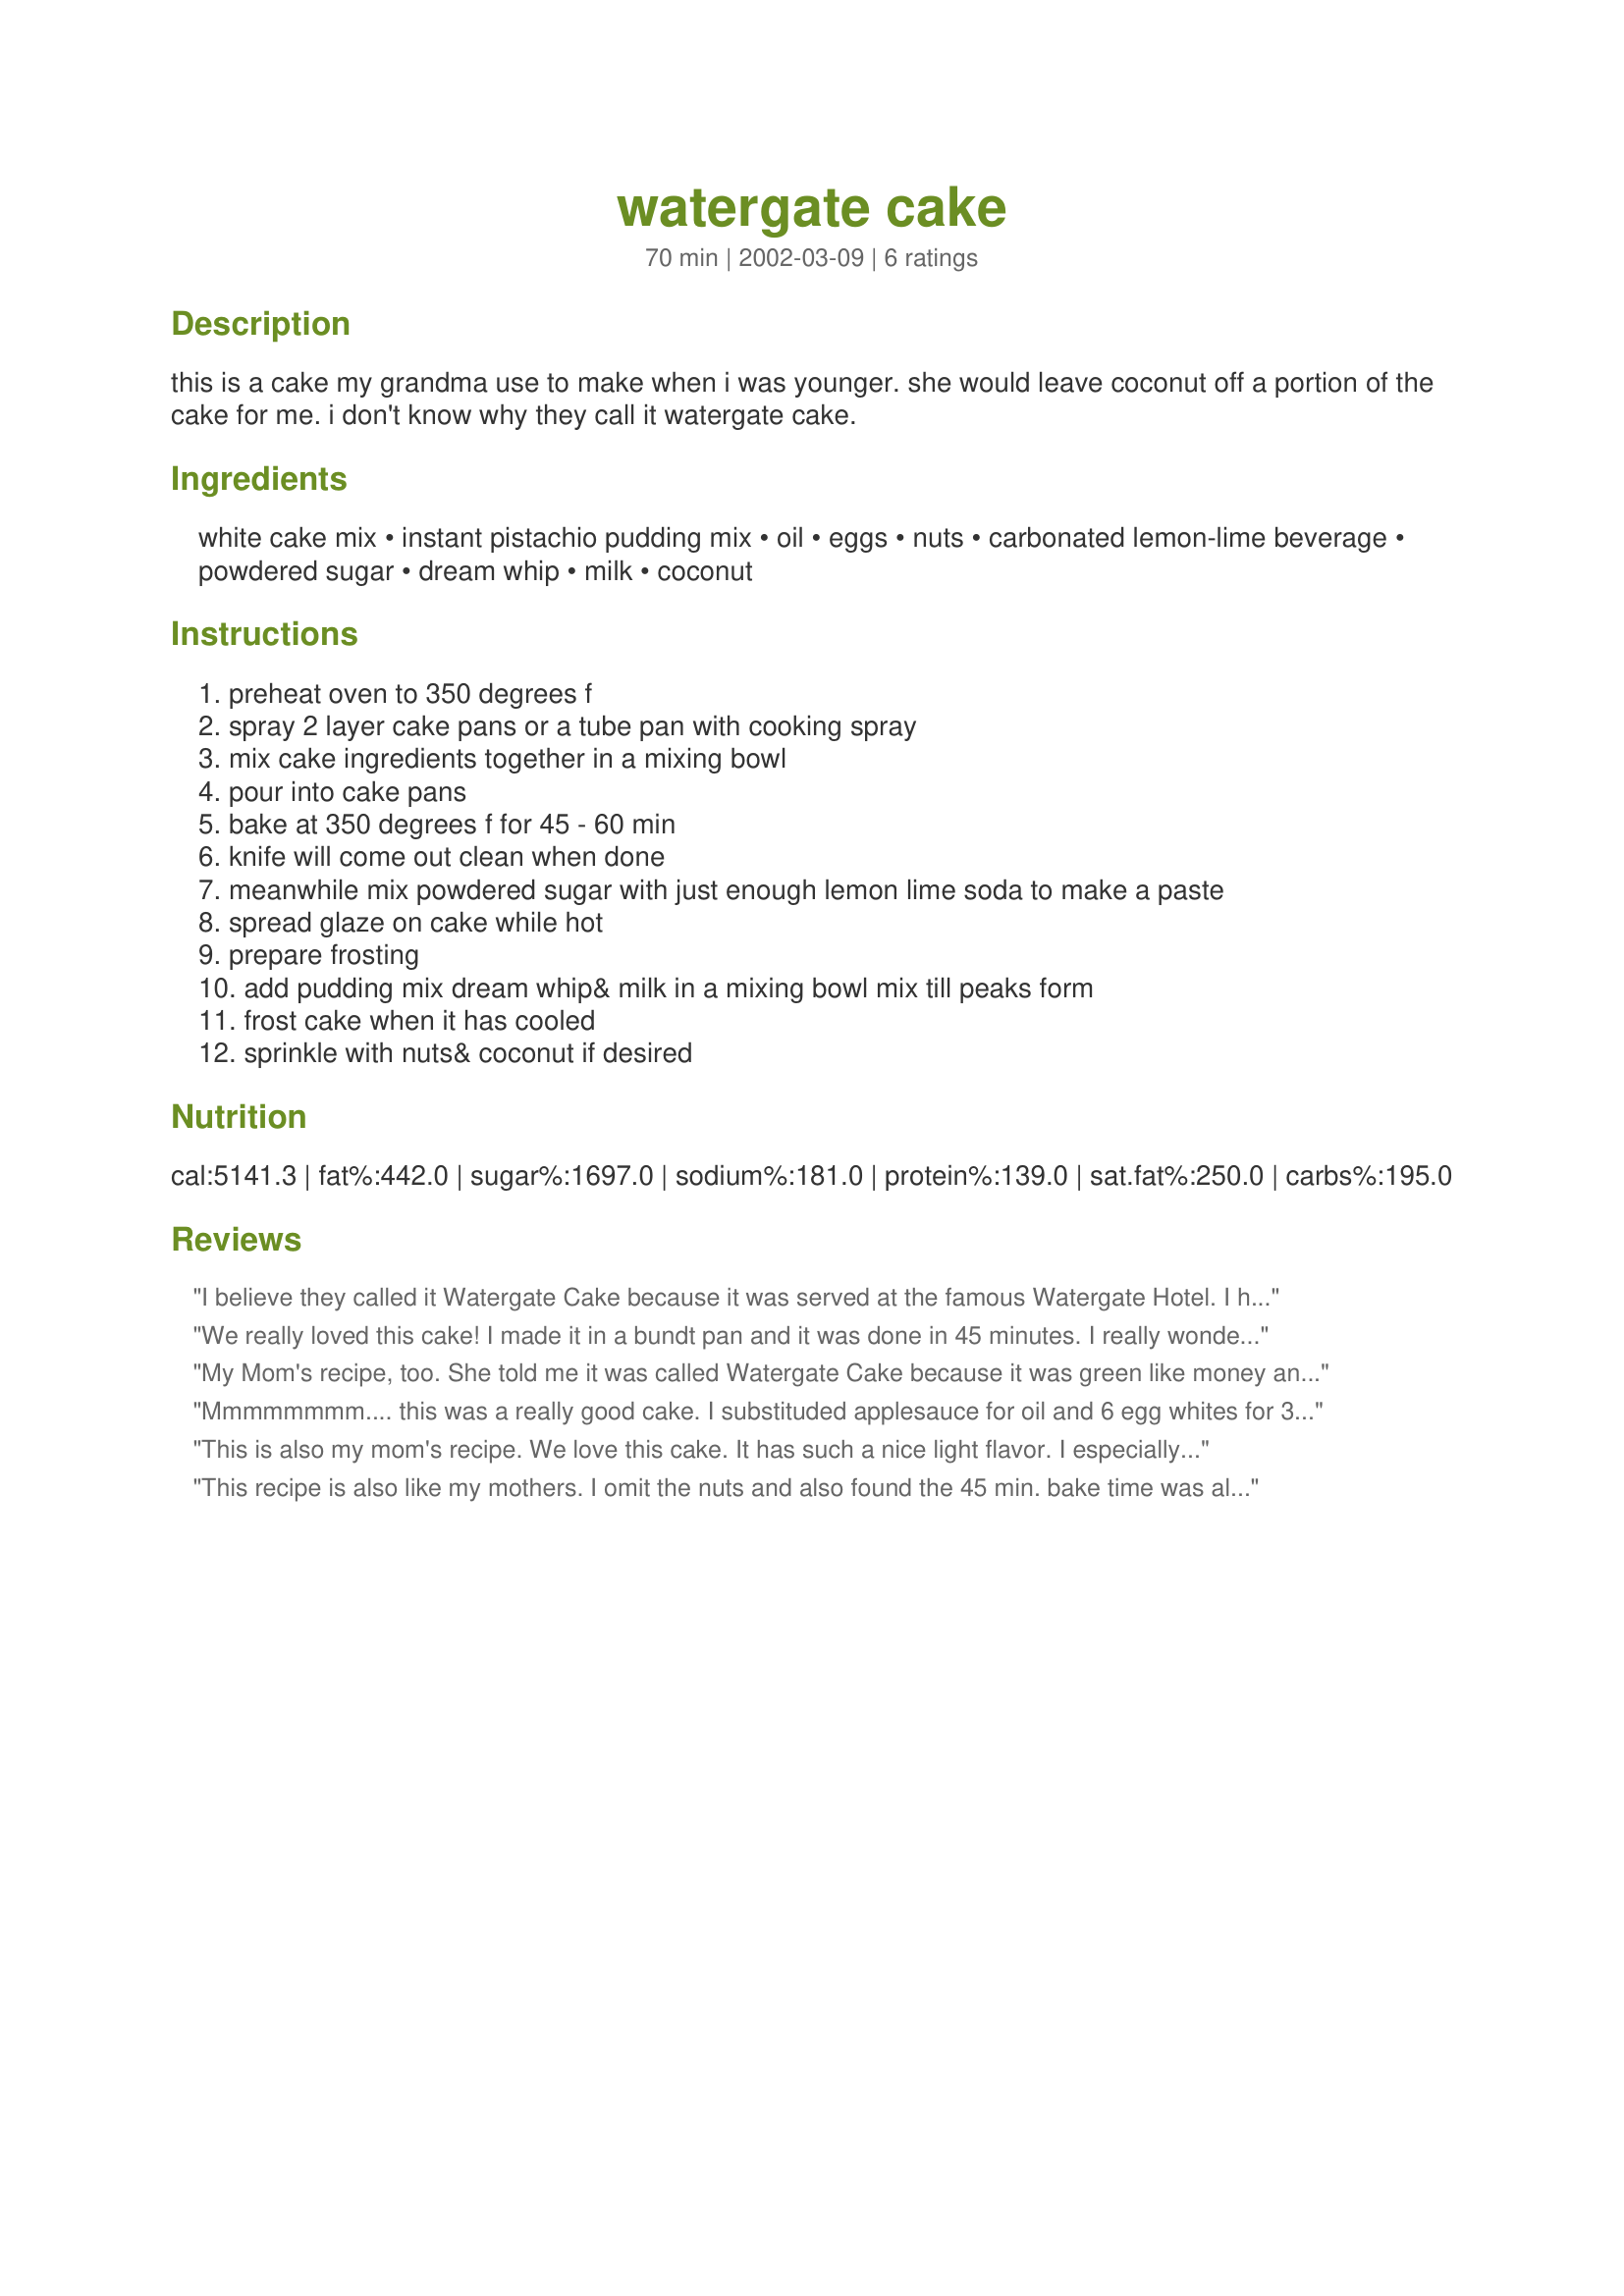
watergate cake
Preparation time: 70 minutes

this is a cake my grandma use to make when i was younger. she would leave coconut off a portion of the cake for me. i don't know why they call it watergate cake.

Ingredients:
white cake mix, instant pistachio pudding mix, oil, eggs, nuts, carbonated lemon-lime beverage, powdered sugar, dream whip, milk, coconut

Steps:
preheat oven to 350 degrees f, spray 2 layer cake pans or a tube pan with cooking spray, mix cake ingredients together in a mixing bowl, pour into cake pans, bake at 350 degrees f for 45 - 60 min, knife will come out clean when done, meanwhile mix powdered sugar with just enough lemon lime soda to make a paste, spread glaze on cake while hot, prepare frosting, add pudding mix dream whip& milk in a mixing bowl mix till peaks form, frost cake when it has cooled, sprinkle with nuts& coconut if desired

Reviews:
I believe they called it Watergate Cake because it was served at the famous Watergate Hotel. I hope this is right.
Lisa
We really loved this cake! I made it in a bundt pan and it was done in 45 minutes. I really wondered about the glaze and a frosting, but it works great. Everyone loved it! This one is a keeper! Thanks to Tarynne!
My Mom's recipe, too. She told me it was called Watergate Cake because it was green like money and the chopped walnuts make it look like it's &quot;bugged&quot; Research on my own found it was inspired by Watergate Salad made famous by the Hotel. I like Mom's story better.
Mmmmmmmm.... this was a really good cake. I substituded applesauce for oil and 6 egg whites for 3 eggs. My husband and I really like everything but the frosting. I think next time I will use store bought coconut icing or plain white icing and sprinkle with coconut flakes. This would be a great St. Patrick's Day or Easter cake. Also... could be my oven, but I only needed to cook it for 45 minutes.
This is also my mom's recipe. We love this cake. It has such a nice light flavor. I especially like it in the summer time.
This recipe is also like my mothers. I omit the nuts and also found the 45 min. bake time was all that was necessary. I aded 1/4 teaspoon of cornstarch to the whipped topping to give it more of an icing look with the coolwhip taste. Yummy!
